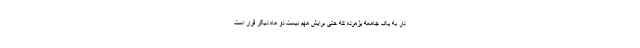
دار به یک جامعه پژمرده که حتی برایش مهم نیست دو ماه دیگر قرار است